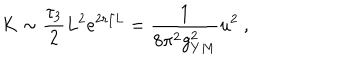
LaTeX: K \sim \frac { \tau _ { 3 } } { 2 } L ^ { 2 } e ^ { 2 r / L } = \frac { 1 } { 8 \pi ^ { 2 } g _ { Y M } ^ { 2 } } u ^ { 2 } \ ,